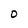
Character: 0